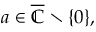
a \in { \overline { { \mathbb { C } } } } \setminus \{ 0 \} ,